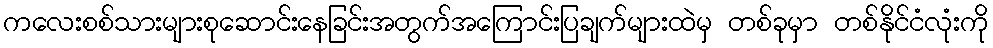
ကလေးစစ်သားများစုဆောင်းနေခြင်းအတွက်အကြောင်းပြချက်များထဲမှ တစ်ခုမှာ တစ်နိုင်ငံလုံးကို